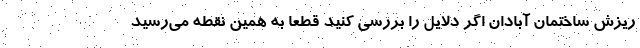
ریزش ساختمان آبادان اگر دلایل را بررسی کنید قطعا به همین نقطه می‌رسید